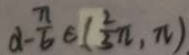
\alpha - \frac { \pi } { 6 } \epsilon ( \frac { 2 } { 3 } \pi , \pi )